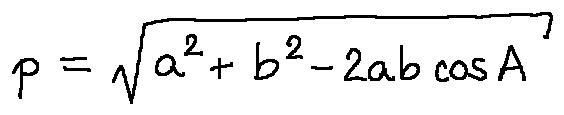
p = \sqrt { a ^ { 2 } + b ^ { 2 } - 2 a b \cos A }